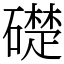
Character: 礎